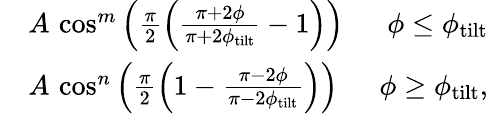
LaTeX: \begin{array}{rlr}&{A\, \cos^{m}\left(\frac{\pi}{2}\left(\frac{\pi+2\phi}{\pi+2\phi_{\mathrm{tilt}}}-1\right)\right)\; }&{\phi\leq\phi_{\mathrm{tilt}}}\\ &{A\, \cos^{n}\left(\frac{\pi}{2}\left(1-\frac{\pi-2\phi}{\pi-2\phi_{\mathrm{tilt}}}\right)\right)\; }&{\phi\geq\phi_{\mathrm{tilt}},}\end{array}